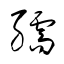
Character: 繻